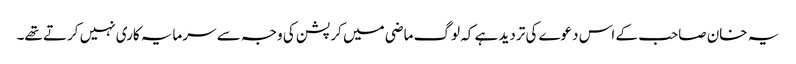
یہ خان صاحب کے اس دعوے کی تردید ہے کہ لوگ ماضی میں کرپشن کی وجہ سے سرمایہ کاری نہیں کرتے تھے۔